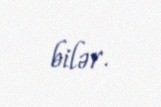
bilər.